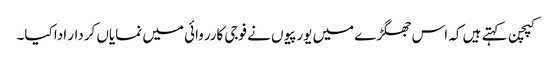
کپچن کہتے ہیں کہ اس جھگڑے میں یورپیوں نے فوجی کارروائی میں نمایاں کردار ادا کیا۔